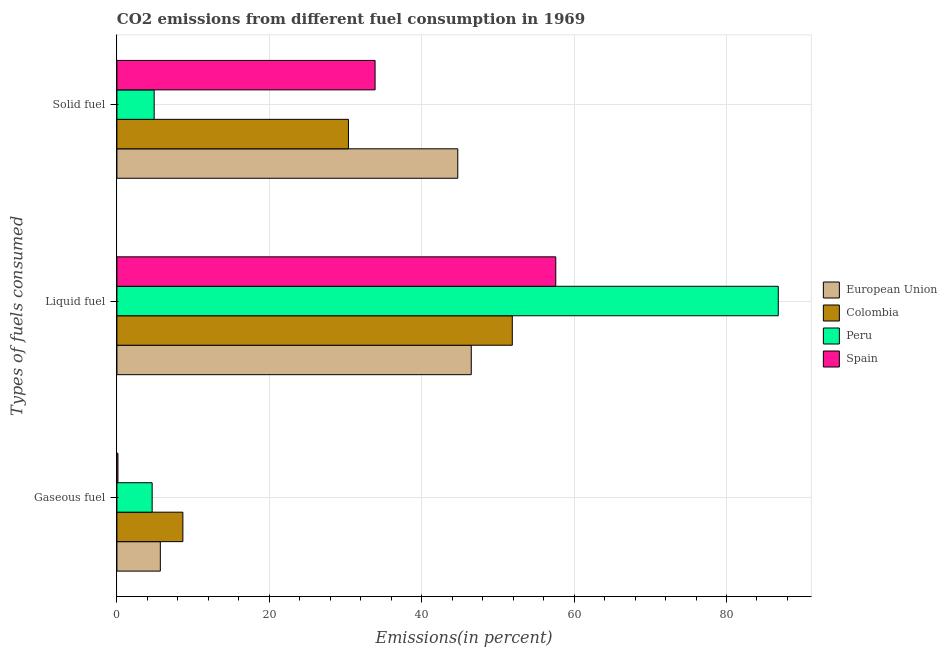
| Types of fuels consumed | European Union | Colombia | Peru | Spain |
 | --- | --- | --- | --- | --- |
 | Gaseous fuel | 5.7 | 8.65 | 4.62 | 0.132 |
 | Liquid fuel | 46.5 | 51.9 | 86.8 | 57.6 |
 | Solid fuel | 44.7 | 30.4 | 4.89 | 33.9 |